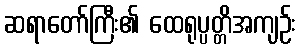
ဆရာတော်ကြီး၏ ထေရုပ္ပတ္တိအကျဉ်း